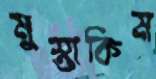
মুস্তাকিম